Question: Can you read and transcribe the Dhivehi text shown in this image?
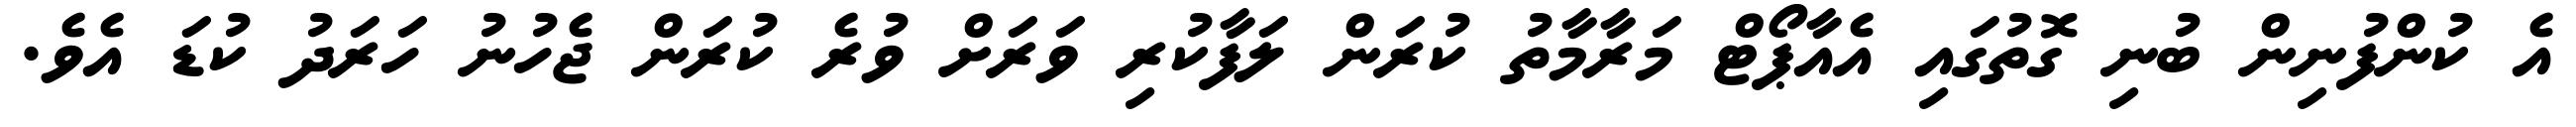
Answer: އެ ކުންފުނިން ބުނި ގޮތުގައި އެއާޕޯޓް މަރާމާތު ކުރަން ލަފާކުރި ވަރަށް ވުރެ ކުރަން ޖެހުނު ހަރަދު ކުޑަ އެވެ.